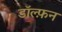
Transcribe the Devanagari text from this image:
डॉल्फ़न